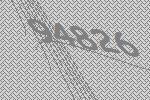
94826